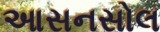
આસનસોલ